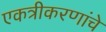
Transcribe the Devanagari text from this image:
एकत्रीकरणांचे